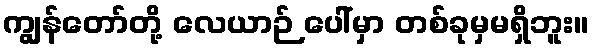
ကျွန်တော်တို့ လေယာဉ် ပေါ်မှာ တစ်ခုမှမရှိဘူး။